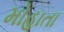
મોહાતા